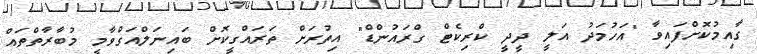
ގާއިމުކޮށްފައިވާ "އަހުމަދު އަލީ ދީދީ ކްރިކެޓް ގްރައުންޑް" އިތުރަށް ތަރައްގީކޮށް ބައިނަލްއަގްވާމީ މުބާރާތްތައް